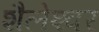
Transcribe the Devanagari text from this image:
शैलेश्‍वर